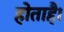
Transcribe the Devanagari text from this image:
होताहै।